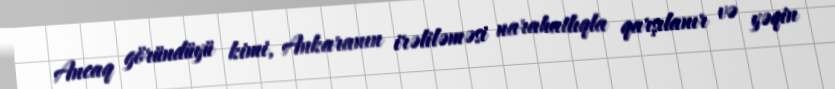
Ancaq göründüyü kimi, Ankaranın irəliləməsi narahatlıqla qarşılanır və yəqin